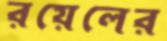
রয়েলের